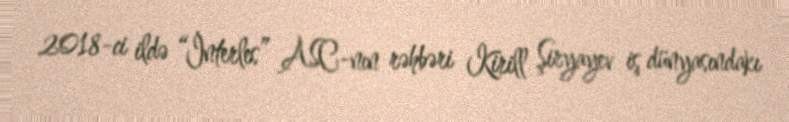
2018-ci ildə “İnterles” ASC-nın rəhbəri Kirill Şiryayev iş dünyasındakı